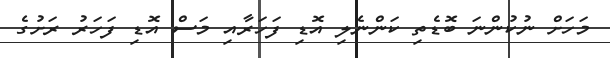
މަހަށް ނުކުންނަ ބޮޑެތި ކަންނެލި އޮޑި ފަހަރާއި މަސް އޮޑި ފަހަރު ރަށުގެ